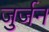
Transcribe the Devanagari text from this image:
जुर्जन